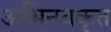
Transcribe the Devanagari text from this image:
अभिनयकृत